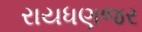
રાયધણજર